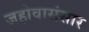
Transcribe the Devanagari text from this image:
जहोवासंसार